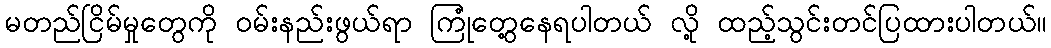
မတည်ငြိမ်မှုတွေကို ဝမ်းနည်းဖွယ်ရာ ကြုံတွေ့နေရပါတယ် လို့ ထည့်သွင်းတင်ပြထားပါတယ်။